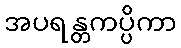
အပရန္တကပ္ပိကာ